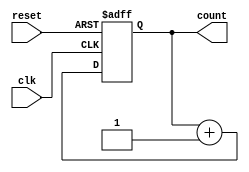
module cascaded_counter #(
    parameter BITS = 4  // Number of bits in the counter (default is 4 bits)
)(
    input wire clk,       // Clock signal
    input wire reset,     // Asynchronous reset signal
    output reg [BITS-1:0] count // Counter output
);

// Always block triggered on the rising edge of the clock or when reset is activated
always @(posedge clk or posedge reset) begin
    if (reset) begin
        // Reset the counter to zero
        count <= 0;
    end else begin
        // Increment the counter on each clock pulse
        count <= count + 1'b1;
    end
end

endmodule